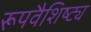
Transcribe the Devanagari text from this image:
रूपवैशिष्ट्य